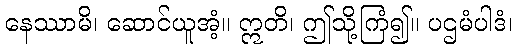
နေဿာမိ၊ ဆောင်ယူအံ့။ ဣတိ၊ ဤသို့ကြံ၍။ ပဌမံပါဒံ၊